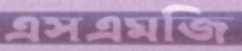
এসএমজি